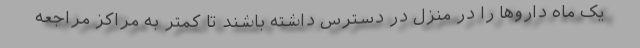
یک ماه داروها را در منزل در دسترس داشته باشند تا کمتر به مراکز مراجعه